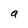
Character: a